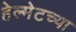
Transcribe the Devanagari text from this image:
हेल्मेटच्या